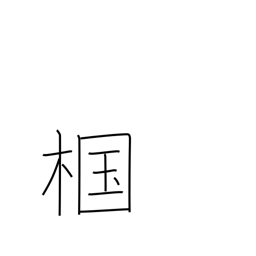
Meaning: type of oak tree